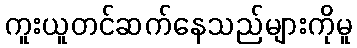
ကူးယူတင်ဆက်နေသည်များကိုမူ